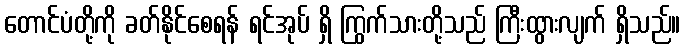
တောင်ပံတို့ကို ခတ်နိုင်စေရန် ရင်အုပ် ရှိ ကြွက်သားတို့သည် ကြီးထွားလျက် ရှိသည်။